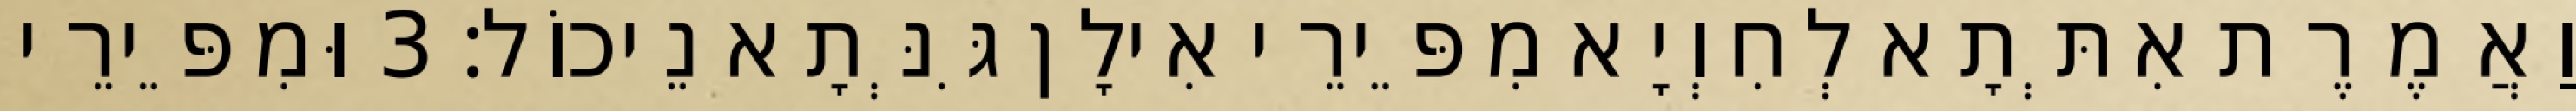
וַאֲמֶרֶת אִתְּתָא לְחִוְיָא מִפֵּירֵי אִילָן גִּנְּתָא נֵיכוֹל׃ 3 וּמִפֵּירֵי